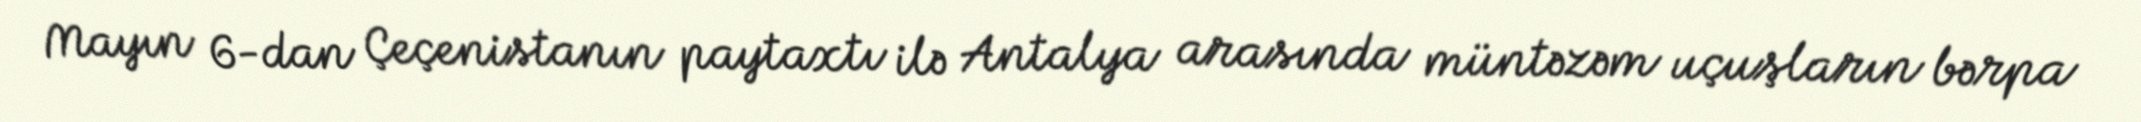
Mayın 6-dan Çeçenistanın paytaxtı ilə Antalya arasında müntəzəm uçuşların bərpa